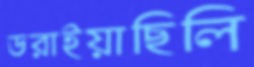
ডরাইয়াছিলি